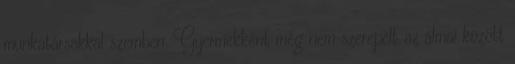
munkatársakkal szemben. Gyermekként még nem szerepelt az álmai között